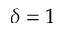
\delta = 1